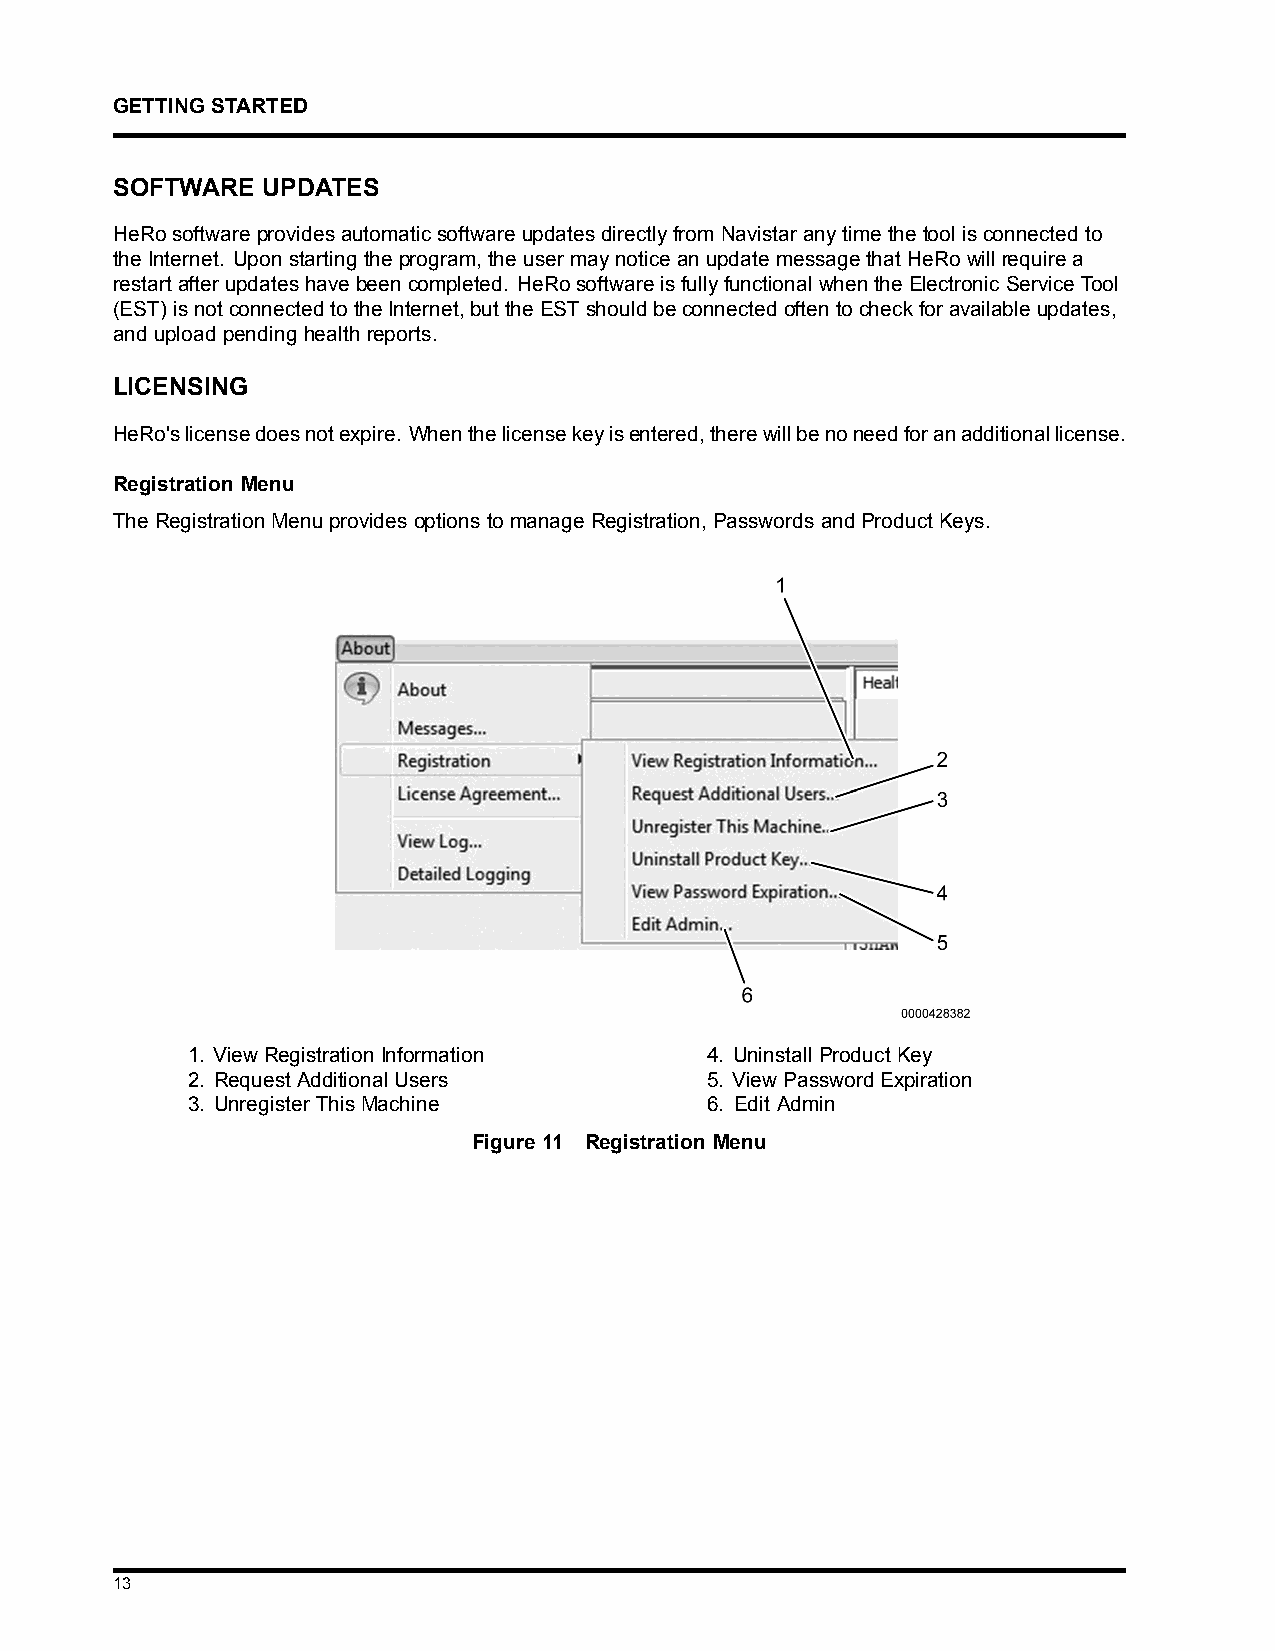
GETTINGSTARTED
 SOFTWARE  UPDATES
 HeRosoftwareprovidesautomaticsoftwareupdatesdirectlyfromNavistaranytimethetoolisconnectedto
 theInternet. Uponstartingtheprogram, theusermaynoticeanupdatemessagethatHeRowillrequirea
 restartafterupdateshavebeencompleted. HeRosoftwareisfullyfunctionalwhentheElectronicServiceTool
 (EST)isnotconnectedtotheInternet,buttheESTshouldbeconnectedoftentocheckforavailableupdates,
 and upload pending health reports.
 LICENSING
 HeRo'slicensedoesnotexpire. Whenthelicensekeyisentered,therewillbenoneedforanadditionallicense.
 Registration Menu
 TheRegistrationMenuprovidesoptionstomanageRegistration,PasswordsandProductKeys.
 1. ViewRegistrationInformation     4. UninstallProductKey
 2. RequestAdditionalUsers          5. ViewPasswordExpiration
 3. UnregisterThisMachine           6. Edit Admin
 Figure 11 Registration Menu
 13